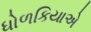
ધોળકિયાએ